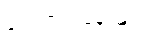
လေ့ကျင့်ခန်းများ